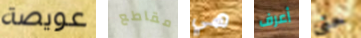
عويصة مقاطع هي أعرف حتى